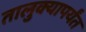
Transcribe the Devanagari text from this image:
तालुक्यापर्यंत